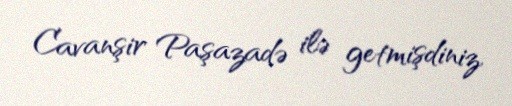
Cavanşir Paşazadə ilə getmişdiniz.